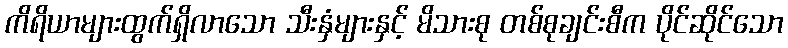
ကိရိယာများထွက်ရှိလာသော သီးနှံများနှင့် မိသားစု တစ်စုချင်းစီက ပိုင်ဆိုင်သော